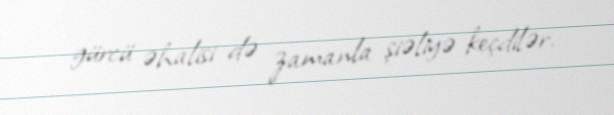
gürcü əhalisi də zamanla şiəliyə keçdilər.